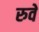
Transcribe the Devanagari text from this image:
रुवे